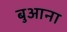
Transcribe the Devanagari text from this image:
बुआना